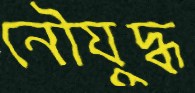
নৌযুদ্ধ